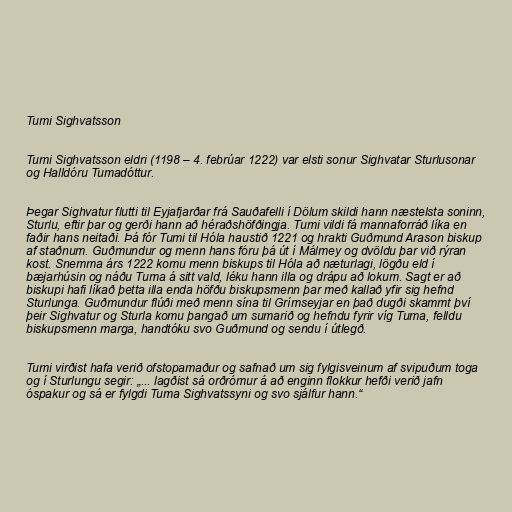
Tumi Sighvatsson

Tumi Sighvatsson eldri (1198 – 4. febrúar 1222) var elsti sonur Sighvatar Sturlusonar
og Halldóru Tumadóttur.

Þegar Sighvatur flutti til Eyjafjarðar frá Sauðafelli í Dölum skildi hann næstelsta soninn,
Sturlu, eftir þar og gerði hann að héraðshöfðingja. Tumi vildi fá mannaforráð líka en
faðir hans neitaði. Þá fór Tumi til Hóla haustið 1221 og hrakti Guðmund Arason biskup
af staðnum. Guðmundur og menn hans fóru þá út í Málmey og dvöldu þar við rýran
kost. Snemma árs 1222 komu menn biskups til Hóla að næturlagi, lögðu eld í
bæjarhúsin og náðu Tuma á sitt vald, léku hann illa og drápu að lokum. Sagt er að
biskupi hafi líkað þetta illa enda höfðu biskupsmenn þar með kallað yfir sig hefnd
Sturlunga. Guðmundur flúði með menn sína til Grímseyjar en það dugði skammt því
þeir Sighvatur og Sturla komu þangað um sumarið og hefndu fyrir víg Tuma, felldu
biskupsmenn marga, handtóku svo Guðmund og sendu í útlegð.

Tumi virðist hafa verið ofstopamaður og safnað um sig fylgisveinum af svipuðum toga
og í Sturlungu segir: „... lagðist sá orðrómur á að enginn flokkur hefði verið jafn
óspakur og sá er fylgdi Tuma Sighvatssyni og svo sjálfur hann.“